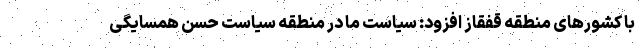
با کشورهای منطقه قفقاز افزود: سیاست ما در منطقه سیاست حسن همسایگی